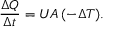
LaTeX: { \big . } { \frac { \Delta Q } { \Delta t } } = U A \, ( - \Delta T ) .